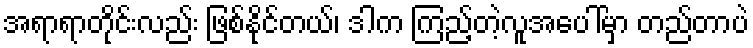
အရာရာတိုင်းလည်း ဖြစ်နိုင်တယ်၊ ဒါက ကြည့်တဲ့လူအပေါ်မှာ တည်တာပဲ